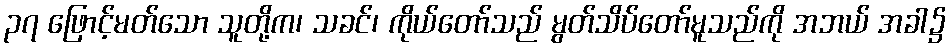
၃၇ ဖြောင့်မတ်သော သူတို့က၊ သခင်၊ ကိုယ်တော်သည် မွတ်သိပ်တော်မူသည်ကို အဘယ် အခါ၌